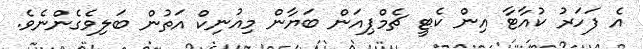
އެ ފަހަރު ކުއާޓާ އިން ކެޓީ ޗެމްޕިއަން ބަޔާން މިއުނިކް އަތުން ބަލިވެގެންނެވެ.